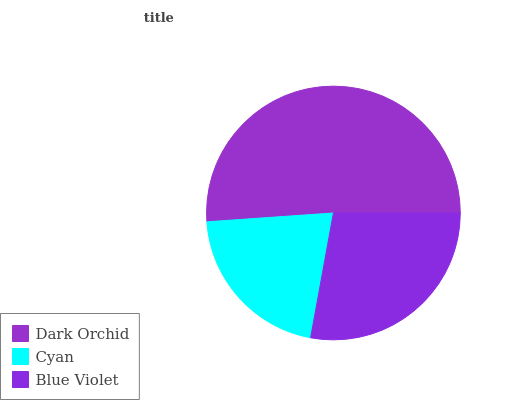
| Dark Orchid | Cyan | Blue Violet |
 | --- | --- | --- |
 | 51.1% | 21% | 27.9% |